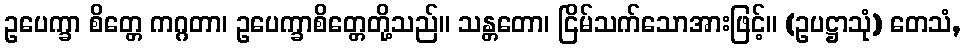
ဥပေက္ခာ စိတ္တေ ကဂ္ဂတာ၊ ဥပေက္ခာစိတ္တေတို့သည်။ သန္တတော၊ ငြိမ်သက်သောအားဖြင့်။ (ဥပဋ္ဌာသုံ) တေသံ,